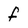
Character: f